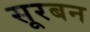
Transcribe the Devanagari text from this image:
सूरबन